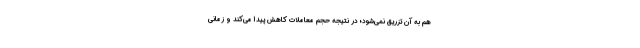
هم به آن تزریق نمی‌شود؛ در نتیجه حجم معاملات کاهش پیدا می‌کند و زمانی